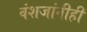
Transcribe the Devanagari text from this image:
वंशजांनीही